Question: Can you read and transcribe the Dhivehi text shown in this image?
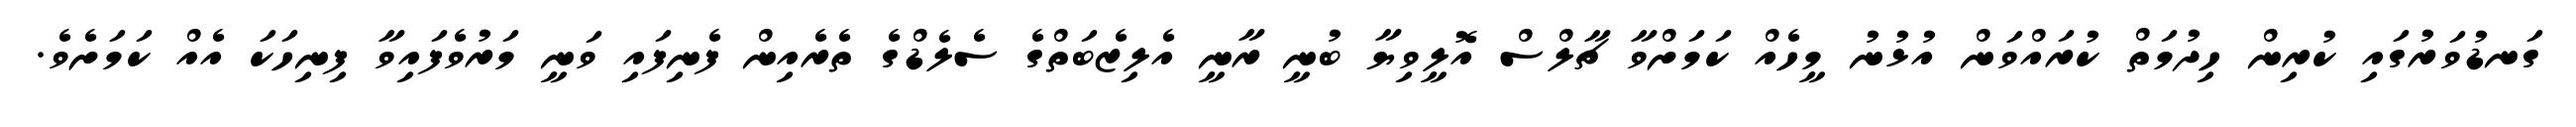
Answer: ގަނޑުވަރުގައި ކުރިން ހިދުމަތް ކުރައްވަން އުޅުނު މީހެއް ކަމަށްވާ ޗާލްސް އޮލީވިޔާ ބުނީ ރާނީ އެލިޒެބަތްގެ ސެލެޑްގެ ތެރެއިން ފެނިފައި ވަނީ މަރުވެފައިވާ ފިނިހަކަ އެއް ކަމަށެވެ.